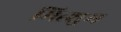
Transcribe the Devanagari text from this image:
मित्शुम